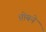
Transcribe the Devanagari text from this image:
प्रोबने